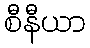
စီနီယာ